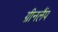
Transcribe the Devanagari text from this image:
ग्रीनलैंप